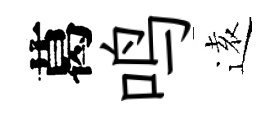
葛鸣逺